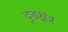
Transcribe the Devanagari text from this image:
दृढक्षत्र